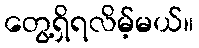
တွေ့ရှိရလိမ့်မယ်။